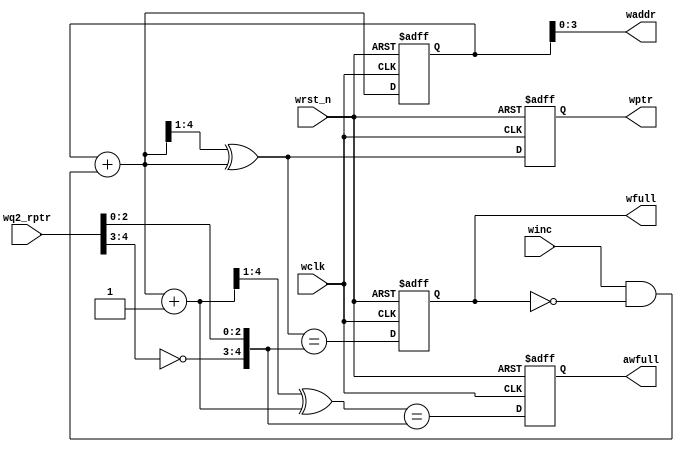
// distributed under the mit license
// https://opensource.org/licenses/mit-license.php

`timescale 1 ns / 1 ps
`default_nettype none

module wptr_full

	#(
		parameter ADDRSIZE = 4
	)(
		input  wire                wclk,
		input  wire                wrst_n,
		input  wire                winc,
		input  wire [ADDRSIZE  :0] wq2_rptr,
		output reg                 wfull,
		output reg                 awfull,
		output wire [ADDRSIZE-1:0] waddr,
		output reg  [ADDRSIZE  :0] wptr
	);

    reg  [ADDRSIZE:0] wbin;
    wire [ADDRSIZE:0] wgraynext, wbinnext, wgraynextp1;
    wire              awfull_val, wfull_val;

	// GRAYSTYLE2 pointer
	always @(posedge wclk or negedge wrst_n) begin

		if (!wrst_n)
			{wbin, wptr} <= 0;
		else
			{wbin, wptr} <= {wbinnext, wgraynext};

	end

    // Memory write-address pointer (okay to use binary to address memory)
    assign waddr = wbin[ADDRSIZE-1:0];
    assign wbinnext  = wbin + (winc & ~wfull);
    assign wgraynext = (wbinnext >> 1) ^ wbinnext;
    assign wgraynextp1 = ((wbinnext + 1'b1) >> 1) ^ (wbinnext + 1'b1);

    //------------------------------------------------------------------
    // Simplified version of the three necessary full-tests:
    // assign wfull_val=((wgnext[ADDRSIZE] !=wq2_rptr[ADDRSIZE] ) &&
    //                   (wgnext[ADDRSIZE-1]  !=wq2_rptr[ADDRSIZE-1]) &&
    // (wgnext[ADDRSIZE-2:0]==wq2_rptr[ADDRSIZE-2:0]));
    //------------------------------------------------------------------

     assign wfull_val = (wgraynext == {~wq2_rptr[ADDRSIZE:ADDRSIZE-1],wq2_rptr[ADDRSIZE-2:0]});
     assign awfull_val = (wgraynextp1 == {~wq2_rptr[ADDRSIZE:ADDRSIZE-1],wq2_rptr[ADDRSIZE-2:0]});

     always @(posedge wclk or negedge wrst_n) begin

        if (!wrst_n) begin
            awfull <= 1'b0;
            wfull  <= 1'b0;
        end else begin
            awfull <= awfull_val;
            wfull  <= wfull_val;
        end
    end

endmodule

`resetall